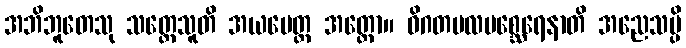
အဘိဘူတေသု သတ္တေသူတိ အယမေတ္ထ အတ္ထော။ ဝိဂတမလမစ္ဆေရေနာတိ အညေသမ္ပိ